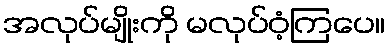
အလုပ်မျိုးကို မလုပ်ဝံ့ကြပေ။